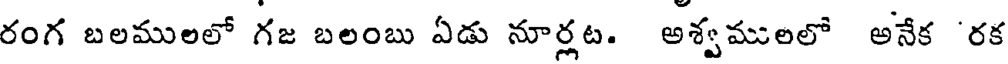
రంగ బలములలో గజ బలంబు ఏడు నూర్లట. అశ్వములలో అనేక 'రక